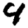
Digit: 4